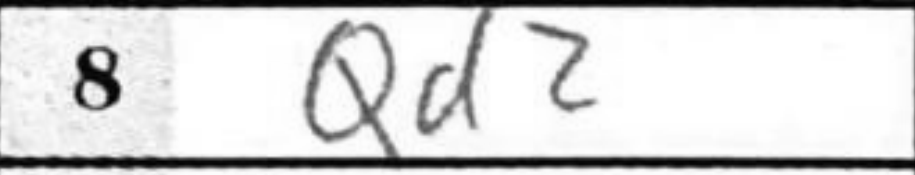
Transcription: Qd2